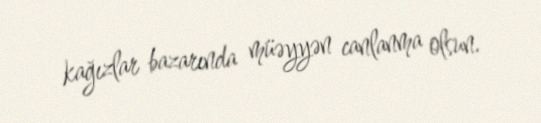
kağızlar bazarında müəyyən canlanma olsun.